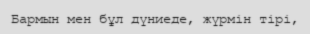
Бармын мен бұл дүниеде, жүрмін тірі,